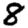
Digit: 8